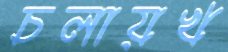
চলায়খ